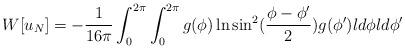
LaTeX: \begin{align*}W[u_N]=-{1\over 16\pi}\int_0^{2\pi}\int_0^{2\pi}g(\phi )\ln \sin^2({\phi-\phi '\over 2}) g(\phi ') ld\phi ld\phi '\end{align*}